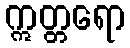
ဣတ္တရော